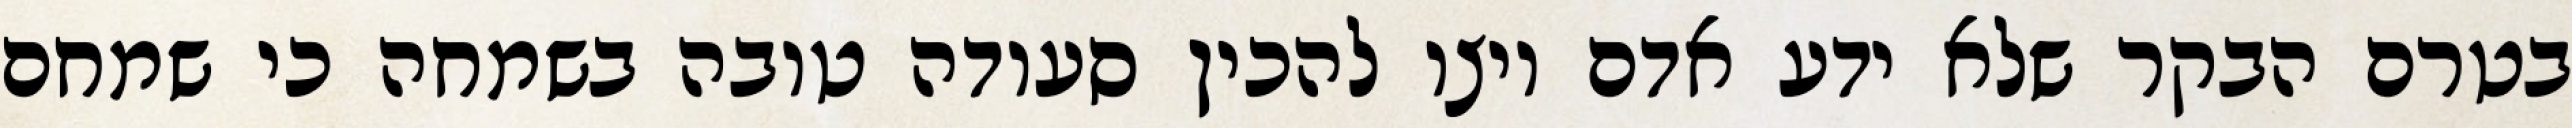
בטרם הבקר שלא ידע אדם ויצו להכין סעודה טובה בשמחה כי שמחם